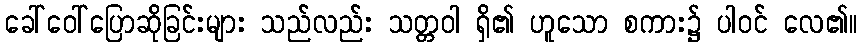
ခေါ်ဝေါ်ပြောဆိုခြင်းများ သည်လည်း သတ္တဝါ ရှိ၏ ဟူသော စကား၌ ပါဝင် လေ၏။